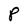
Character: P